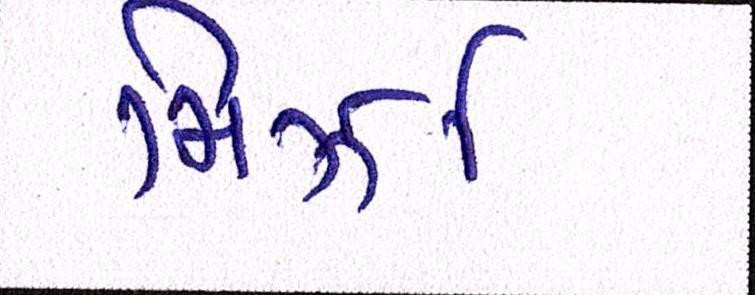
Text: મિર્ઝા